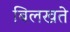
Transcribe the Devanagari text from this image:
बिलखते